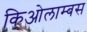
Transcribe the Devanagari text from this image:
किओलाम्बस